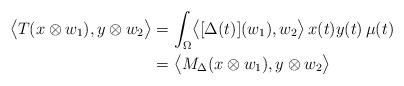
LaTeX: \begin{align*}\bigl\langle T(x\otimes w_1), y\otimes w_2\bigr\rangle& =\int_{\Omega} \bigl\langle [\Delta(t)](w_1),w_2\bigr\rangle\, x(t)y(t)\, \mu(t)\\& = \bigl\langle M_\Delta (x\otimes w_1), y\otimes w_2\bigr\rangle\end{align*}